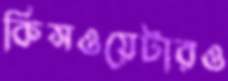
কিসওয়েটারও